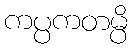
ကပ္ပကတမ္ပိ